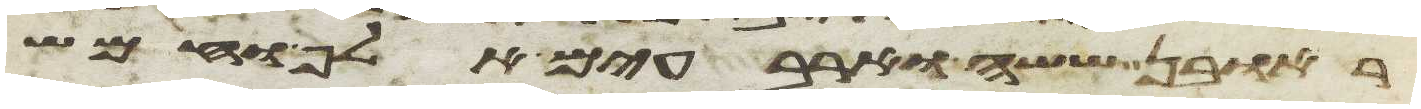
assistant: ראובן ששה וארבעים אלף וחמש